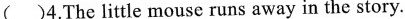
( )4.The little mouse runs away in the story.